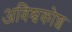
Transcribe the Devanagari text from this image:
अविश्वकोश